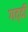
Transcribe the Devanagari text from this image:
गद्‍दी